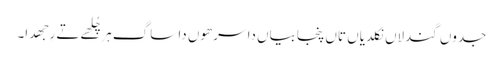
جدوں گندلاں نکلدیاں تاں پنجابیاں دا سرھوں دا ساگ ہر چُلھے تے رِجھدا۔